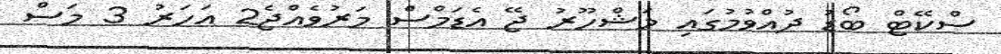
ސްކޭޓް ބޯޑު ދުއްވުމުގައި މަޝްހޫރު ޖޭ އެޑަމްސް މަރުވެއްޖެ2 އަހަރު 3 މަސް